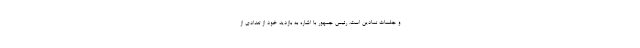
و جلسات نمادین است. رئیس جمهور با اشاره به بازدید خود از تعدادی از